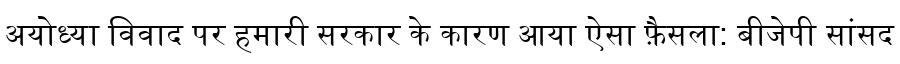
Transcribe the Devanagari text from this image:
अयोध्या विवाद पर हमारी सरकार के कारण आया ऐसा फ़ैसला: बीजेपी सांसद